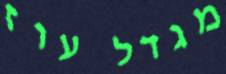
מגדל עוז